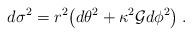
LaTeX: \begin{align*}d \sigma^2 = r^2{\bigl (} d\theta^2 + \kappa^2{\cal{G}}d\phi^2{\bigr )}\:. \end{align*}